Indian journal of veterinary science and animal husbandry - Volumes 28-29, 1958-1959
Year: 1958
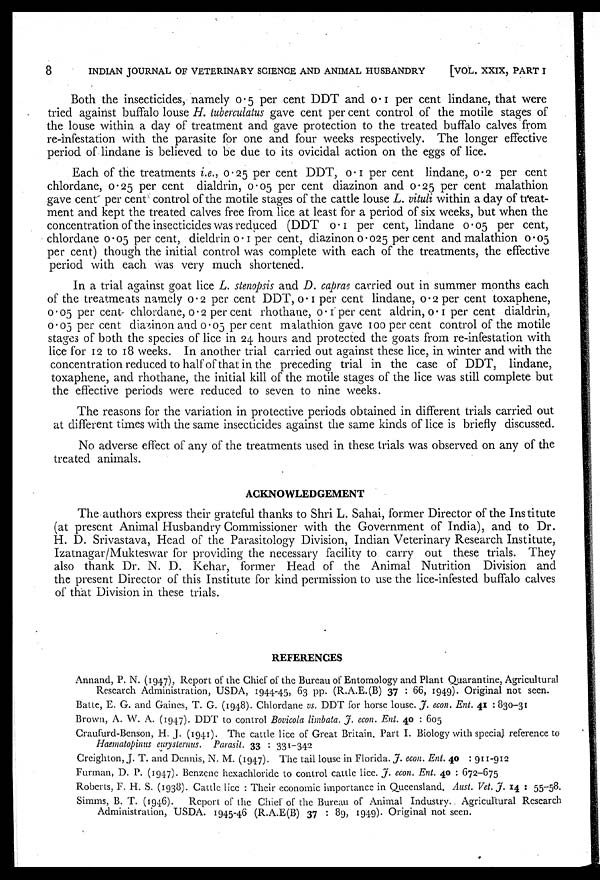
8
INDIAN JOURNAL OF VETERINARY SCIENCE AND ANIMAL HUSBANDRY
[VOL. XXIX, PART I
Both the insecticides, namely 0.5 per cent DDT and 0.1 per cent lindane, that were
tried against buffalo louse H. tuberculatus gave cent per cent control of the motile stages of
the louse within a day of treatment and gave protection to the treated buffalo calves from
re-infestation with the parasite for one and four weeks respectively. The longer effective
period of lindane is believed to be due to its ovicidal action on the eggs of lice.
Each of the treatments i.e., 0.25 per cent DDT, 0.1 per cent lindane, 0.2 per cent
chlordane, 0.25 per cent dialdrin, 0.05 per cent diazinon and 0.25 per cent malathion
gave cent per cent control of the motile stages of the cattle louse L. vituli within a day of treat-
ment and kept the treated calves free from lice at least for a period of six weeks, but when the
concentration of the insecticides was reduced (DDT 0.1 per cent. lindane 0.05 per cent,
chlordane 0.05 per cent, dieldrin 0.1 per cent, diazinon 0.025 per cent and malathion 0.05
per cent) though the initial control was complete with each of the treatments, the effective
period with each was very much shortened.
In a trial against goat lice L. stenopsis and D. caprae carried out in summer months each
of the treatments namely 0.2 per cent DDT, 0.1 per cent lindane, 0.2 per cent toxaphene,
0.05 per cent chlordane, 0.2 per cent rhothane, 0.1 per cent aldrin, 0.1 per cent dialdrin,
0.05 per cent diazinon and 0.05 per cent malathion gave 100 per cent control of the motile
stages of both the species of lice in 24 hours and protected the goats from re-infestation with
lice for 12 to 18 weeks. In another trial carried out against these lice, in winter and with the
concentration reduced to half of that in the preceding trial in the case of DDT, lindane,
toxaphene, and rhothane, the initial kill of the motile stages of the lice was still complete but
the effective periods were reduced to seven to nine weeks.
The reasons for the variation in protective periods obtained in different trials carried out
at different times with the same insecticides against the same kinds of lice is briefly discussed.
No adverse effect of any of the treatments used in these trials was observed on any of the
treated animals.
ACKNOWLEDGEMENT
The authors express their grateful thanks to Shri L. Sahai, former Director of the Institute
(at present Animal Husbandry Commissioner with the Government of India), and to Dr.
H. D. Srivastava, Head of the Parasitology Division, Indian Veterinary Research Institute,
Izatnagar/Mukteswar for providing the necessary facility to carry out these trials. They
also thank Dr. N. D. Kehar, former Head of the Animal Nutrition Division and
the present Director of this Institute for kind permission to use the lice-infested buffalo calves
of that Division in these trials.
REFERENCES
Annand, P. N. (1947), Report of the Chief of the Bureau of Entomology and Plant Quarantine, Agricultural
Research Administration, USDA, 1944-45, 63 pp. (R.A.E.(B) 37 : 66, 1949). Original not seen.
Batte, E. G. and Gaines, T. G. (1948). Chlordane vs. DDT for horse louse. J. econ. Ent. 41 : 830-31
Brown, A. W. A. (1947). DDT to control Bovicola limbata. J. econ. Ent. 40 : 605
Craufurd-Benson, H. J. (1941). The cattle lice of Great Britain. Part I. Biology with special reference to
Haematopinus eurysternus. Parasit. 33 : 331-342
Creighton, J. T. and Dennis, N. M. (1947). The tail louse in Florida. J. econ. Ent. 40 : 911-912
Furman, D. P. (1947). Benzene hexachloride to control cattle lice. J. econ. Ent. 40 : 672-675
Roberts, F. H. S. (1938). Cattle lice : Their economic importance in Queensland. Aust. Vet. J. 14 : 55-58.
Simms, B. T. (1946).
Report of the Chief of the Bureau of Animal Industry. Agricultural Research
Administration, USDA. 1945-46 (R.A.E(B) 37 : 89, 1949). Original not seen.